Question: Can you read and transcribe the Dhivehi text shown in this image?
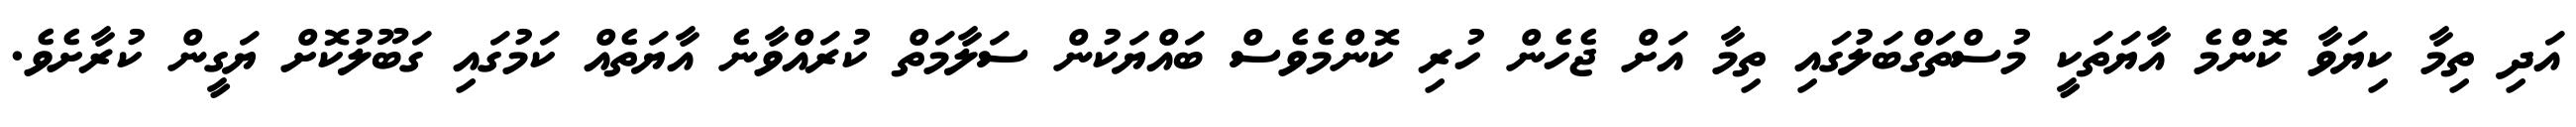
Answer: އަދި ތިމާ ކިޔަވާ ކޮންމެ އާޔަތަކީ މުސްތަގްބަލުގައި ތިމާ އަށް ޖެހެން ހުރި ކޮންމެވެސް ބައްޔަކުން ސަލާމަތް ކުރައްވާނެ އާޔަތެއް ކަމުގައި ގަބޫލުކޮށް ޔަގީން ކުރާށެވެ.